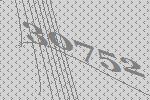
30752